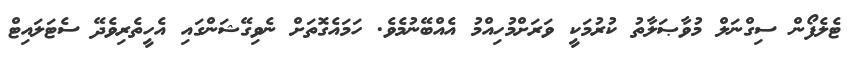
ޓެލެފޯން ސިގްނަލް މުވާޞަލާތު ކުރުމަކީ ވަރަށްމުހިއްމު އެއްބޭނުމެވެ. ހަމައެގޮތަށް ނެވިގޭޝަންގައި އެހީތެރިވެދޭ ސެޓަލައިޓް